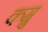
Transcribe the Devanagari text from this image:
कम्रु